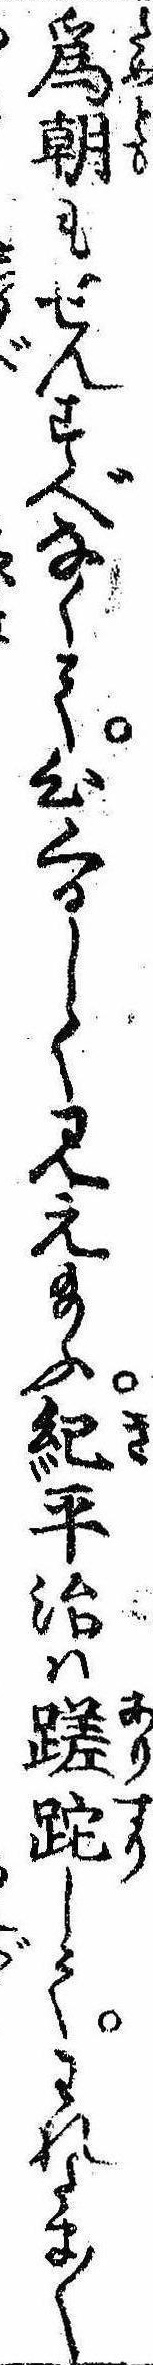
為朝もせんすべなくて心くるしく見え給ふ紀平治は蹉蛇してわれたま〱